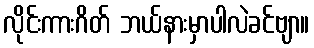
လိုင်းကားဂိတ် ဘယ်နားမှာပါလဲခင်ဗျာ။